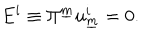
E ^ { i } \equiv \Pi ^ { \underline { { { m } } } } u _ { \underline { { { m } } } } ^ { i } = 0 .